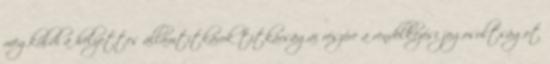
megküldi a helyettes államtitkárok titkárságai részére a rendelkezési jogosultságot